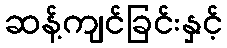
ဆန့်ကျင်ခြင်းနှင့်